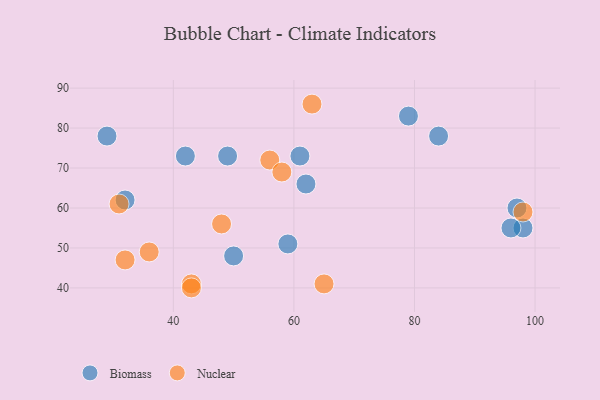
{"axis": {"x": "GDP", "y": "Life Expectancy"}, "legend": ["Biomass", "Nuclear"], "data": [{"x": "61", "y": 73, "type": "Biomass"}, {"x": "32", "y": 62, "type": "Biomass"}, {"x": "29", "y": 78, "type": "Biomass"}, {"x": "50", "y": 48, "type": "Biomass"}, {"x": "98", "y": 55, "type": "Biomass"}, {"x": "49", "y": 73, "type": "Biomass"}, {"x": "42", "y": 73, "type": "Biomass"}, {"x": "59", "y": 51, "type": "Biomass"}, {"x": "96", "y": 55, "type": "Biomass"}, {"x": "79", "y": 83, "type": "Biomass"}, {"x": "84", "y": 78, "type": "Biomass"}, {"x": "97", "y": 60, "type": "Biomass"}, {"x": "62", "y": 66, "type": "Biomass"}, {"x": "31", "y": 61, "type": "Nuclear"}, {"x": "98", "y": 59, "type": "Nuclear"}, {"x": "63", "y": 86, "type": "Nuclear"}, {"x": "56", "y": 72, "type": "Nuclear"}, {"x": "43", "y": 41, "type": "Nuclear"}, {"x": "65", "y": 41, "type": "Nuclear"}, {"x": "58", "y": 69, "type": "Nuclear"}, {"x": "48", "y": 56, "type": "Nuclear"}, {"x": "36", "y": 49, "type": "Nuclear"}, {"x": "32", "y": 47, "type": "Nuclear"}, {"x": "43", "y": 40, "type": "Nuclear"}]}